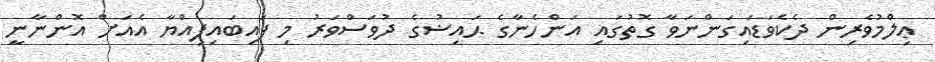
ޢިލްމުވެރިން ދެކެވަޑައިގަންނަވާ ގޮތުގައި އަންހެނާގެ ޙައިޟުގެ ދުވަސްވަރު މި ފައިބައިފިއްޔާ އެއަށް އޮންނާނީ